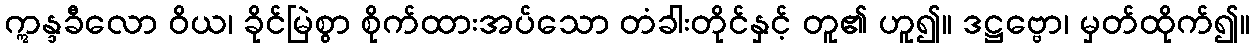
ဣန္ဒခီလော ဝိယ၊ ခိုင်မြဲစွာ စိုက်ထားအပ်သော တံခါးတိုင်နှင့် တူ၏ ဟူ၍။ ဒဋ္ဌဗ္ဗော၊ မှတ်ထိုက်၍။